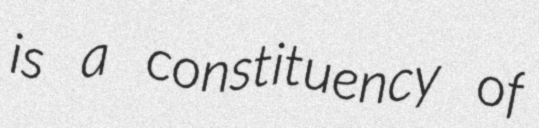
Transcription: is a constituency of